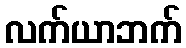
လက်ယာဘက်